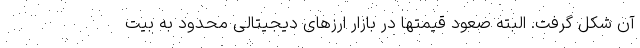
آن شکل گرفت. البته صعود قیمتها در بازار ارزهای دیجیتالی محدود به بیت